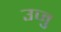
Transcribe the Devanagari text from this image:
उजु